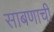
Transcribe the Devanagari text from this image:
साबणाची